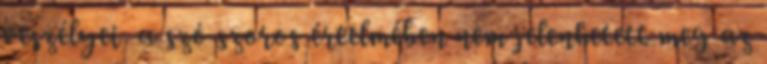
veszélyei a szó szoros értelmében nem jelenhetett meg az